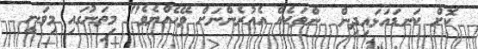
ކޮށް ކަނޑައަޅައިދިން  ންތަކެއް އެއުރެންނަށް ވޭހެއްޔެވެ" މިތަނުގައި މިވަނީ